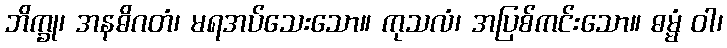
ဘိက္ခု၊ အနဓိဂတံ၊ မရအပ်သေးသော။ ကုသလံ၊ အပြစ်ကင်းသော။ ဓမ္မံ ဝါ၊